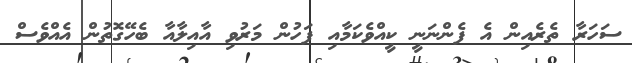
ސަހަރާ ތެރެއިން އެ ފެންނަނީ ކީއްވެކަމާއި ފަހުން މަރުވި އާއިލާއާ ބެހޭގޮތުން އެއްވެސް